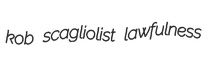
kob scagliolist lawfulness